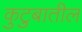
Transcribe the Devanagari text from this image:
कुटुबातील